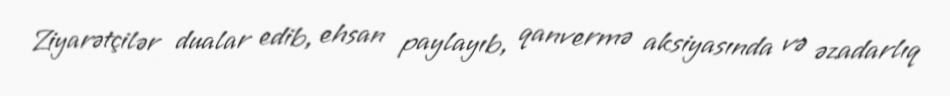
Ziyarətçilər dualar edib, ehsan paylayıb, qanvermə aksiyasında və əzadarlıq